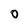
Character: O